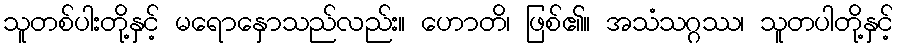
သူတစ်ပါးတို့နှင့် မရောနှောသည်လည်း။ ဟောတိ၊ ဖြစ်၏။ အသံသဂ္ဂဿ၊ သူတပါတို့နှင့်